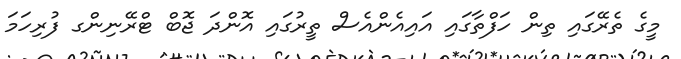
މީގެ ތެރޭގައި ތިން ހަފްތާގައި އައިއެންއެސް ތީރުގައި އޮންދަ ޖޮބް ޓްރޭނިންގ ފުރިހަމަ